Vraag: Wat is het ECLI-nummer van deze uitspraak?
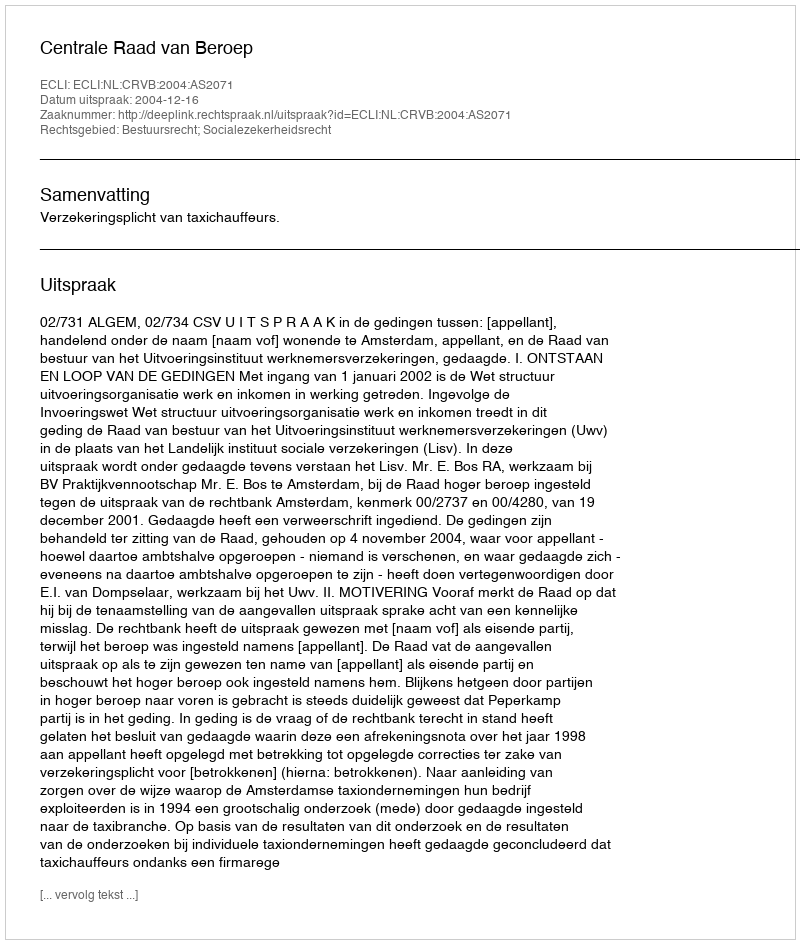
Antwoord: ECLI:NL:CRVB:2004:AS2071